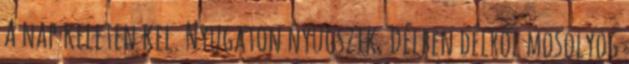
A nap keleten kel. Nyugaton nyugszik. Délben délről mosolyog